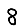
Digit: 8